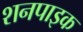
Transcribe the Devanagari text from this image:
शनपाइक